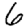
Digit: 6